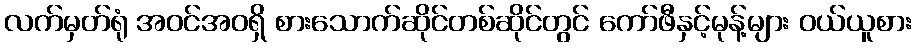
လက်မှတ်ရုံ အဝင်အဝရှိ စားသောက်ဆိုင်တစ်ဆိုင်တွင် ကော်ဖီနှင့်မုန့်များ ဝယ်ယူစား